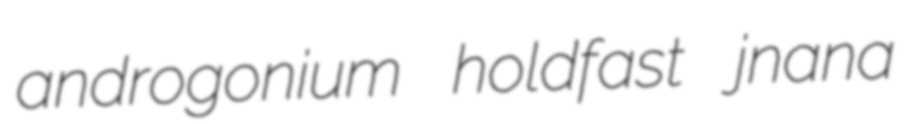
androgonium holdfast jnana